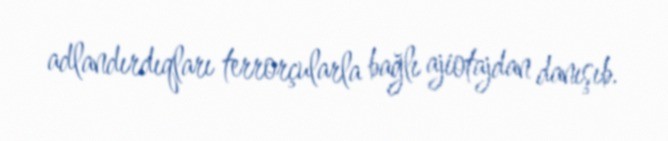
adlandırdıqları terrorçularla bağlı ajiotajdan danışıb.